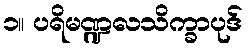
၁။ ပရိမဏ္ဍလသိက္ခာပုဒ်